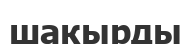
шакырды